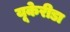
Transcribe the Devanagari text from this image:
यूकेरीडा